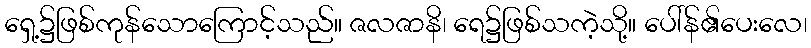
ရှေ့၌ဖြစ်ကုန်သောကြောင့်သည်။ ဇလဇာနိ၊ ရေ၌ဖြစ်သကဲ့သို့။ ပေါ်န်၏ပေးလေ၊